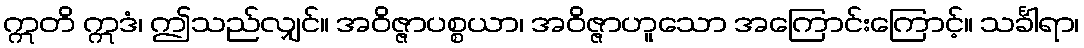
ဣတိ ဣဒံ၊ ဤသည်လျှင်။ အဝိဇ္ဇာပစ္စယာ၊ အဝိဇ္ဇာဟူသော အကြောင်းကြောင့်။ သင်္ခါရာ၊